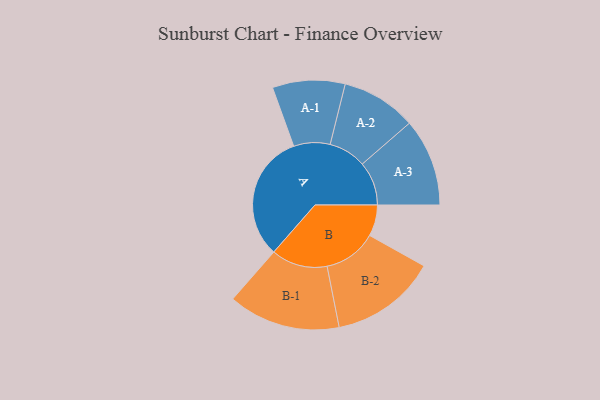
{"axis": {"x": "Segment", "y": "Value"}, "legend": ["", "A", "B"], "data": [{"x": "A", "y": 424, "type": ""}, {"x": "B", "y": 104, "type": ""}, {"x": "A-1", "y": 121, "type": "A"}, {"x": "A-2", "y": 125, "type": "A"}, {"x": "A-3", "y": 146, "type": "A"}, {"x": "B-1", "y": 187, "type": "B"}, {"x": "B-2", "y": 177, "type": "B"}]}